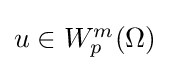
\textstyle u\in W_{p}^{m}(\Omega )